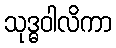
သုဒ္ဓဝါလိကာ